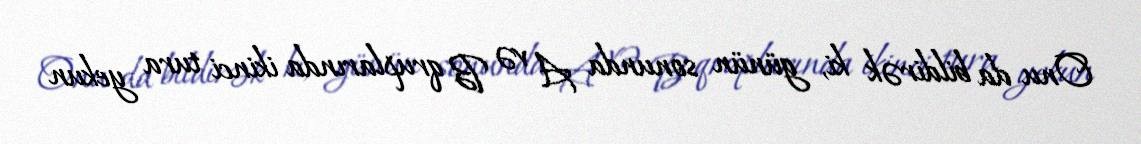
Onu da bildirək ki, günün sonunda A və B qruplarında ikinci tura yekun